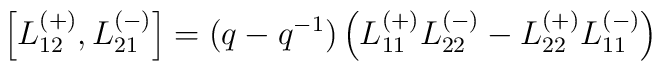
\left[L_{12}^{(+)},L_{21}^{(-)}\right]=(q-q^{-1})\left(L_{11}^{(+)}L_{22}^{(-)}-L_{22}^{(+)}L_{11}^{(-)}\right)